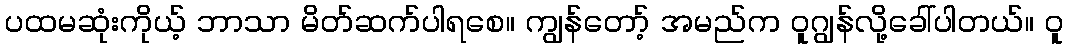
ပထမဆုံးကိုယ့် ဘာသာ မိတ်ဆက်ပါရစေ။ ကျွန်တော့် အမည်က ဝူဂျွန်လို့ခေါ်ပါတယ်။ ဝူ